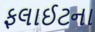
ફલાઈટના